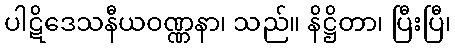
ပါဋိဒေသနီယဝဏ္ဏနာ၊ သည်။ နိဋ္ဌိတာ၊ ပြီးပြီ၊